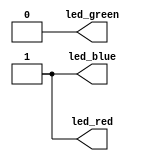
// This program was cloned from: https://github.com/FPGAwars/apio-examples
// License: GNU General Public License v2.0

//-- Turning the RGB LED into Green
//-- Board: iCE40-UP5K
module rgb_test (output led_blue, 
                 output led_green,
                 output led_red);

//-- Turn on the green signal (inverse logic)
//-- Turn off the red and blue signals (inverse logic)

assign led_red = 1;    //-- RED off
assign led_green = 0;  //-- Green ON
assign led_blue = 1;   //-- Blue off

endmodule